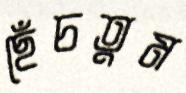
ছেঁচতুম